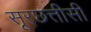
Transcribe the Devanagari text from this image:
सूरछत्तीसी